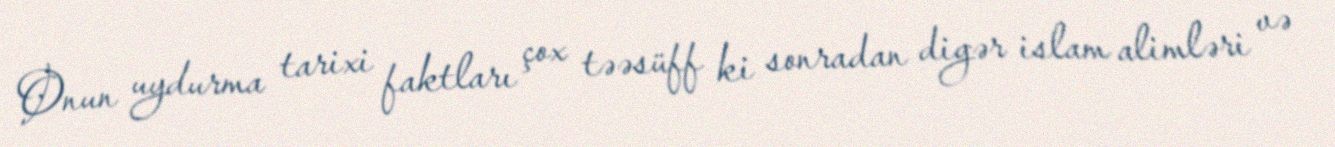
Onun uydurma tarixi faktları çox təəsüff ki sonradan digər islam alimləri və